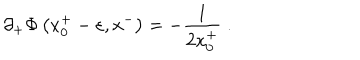
LaTeX: \partial _ { + } \Phi \left( x _ { 0 } ^ { + } - \varepsilon , x ^ { - } \right) = - { \frac { 1 } { 2 x _ { 0 } ^ { + } } } \; .